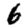
Digit: 6